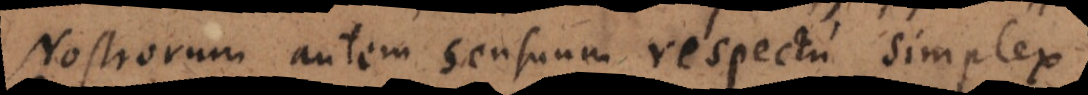
Nostrorum autem sensuum respectu simplex